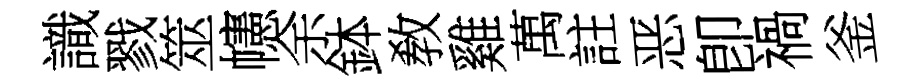
識戮筮幰余鉢敎雞萬註恶卽禍釜